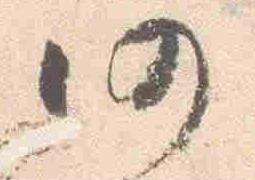
仍